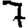
Digit: 7